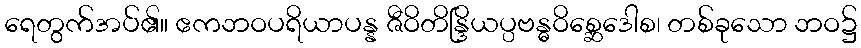
ရေတွက်အပ်၏။ ဧကဘဝပရိယာပန္န ဇီဝိတိန္ဒြိယပ္ပဗန္ဓဝိစ္ဆေဒေါစ၊ တစ်ခုသော ဘဝ၌